Report of the Indian Hemp Drugs Commission, 1894-1895 - Volume IV
Year: 1894
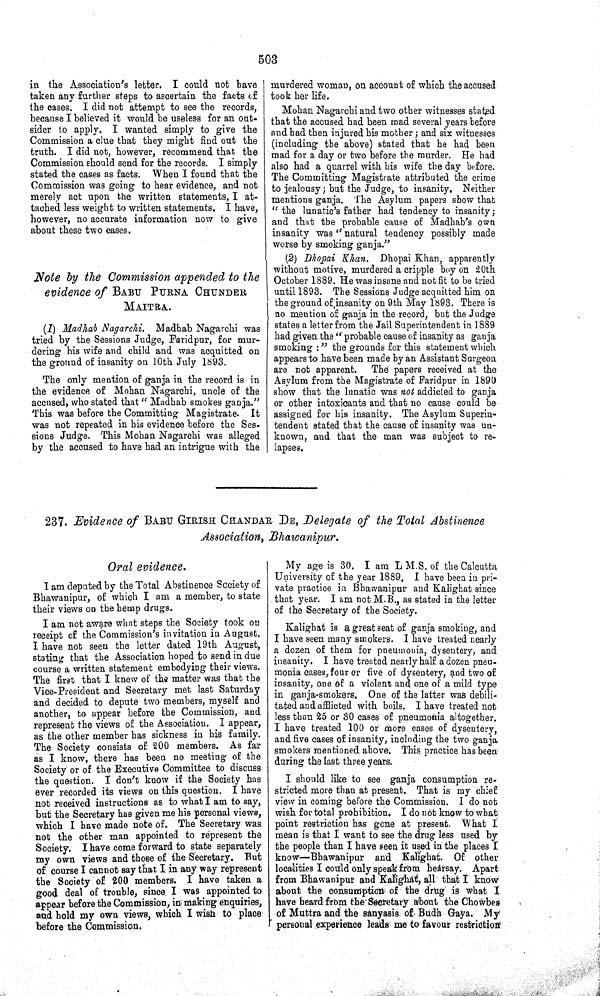
503
in the Association's letter. I could not have
taken any further steps to ascertain the facts of
the cases. I did not attempt to see the records,
because I believed it would be useless for an out-
sider to apply. I wanted simply to give the
Commission a clue that they might find out the
truth. I did not, however, recommend that the
Commission should send for the records. I simply
stated the cases as facts. When I found that the
Commission was going to hear evidence, and not
merely act upon the written statements, I at-
tached less weight to written statements. I have,
however, no accurate information now to give
about these two cases.
Note by the Commission appended to the
evidence of BABU PURNA CHUNDER
MAITRA.
(1) Madhab Nagarchi. Madhab Nagarchi was
tried by the Sessions Judge, Faridpur, for mur-
dering his wife and child and was acquitted on
the ground of insanity on 10th July 1893.
The only mention of ganja in the record is in
the evidence of Mohan Nagarchi, uncle of the
accused, who stated that " Madhab smokes ganja."
This was before the Committing Magistrate. It
was not repeated in his evidence before the Ses-
sions Judge. This Mohan Nagarchi was alleged
by the accused to have had an intrigue with the
murdered woman, on account of which the accused
took her life.
Mohan Nagarchi and two other witnesses stated
that the accused had been mad several years before
and had then injured his mother; and six witnesses
(including the above) stated that he had been
mad for a day or two before the murder. He had
also had a quarrel with his wife the day before.
The Committing Magistrate attributed the crime
to jealousy; but the Judge, to insanity. Neither
mentions ganja. The Asylum papers show that
"the lunatic's father had tendency to insanity;
and that the probable cause of Madhab's own
insanity was "natural tendency possibly made
worse by smoking ganja."
(2) Dhopai Khan. Dhopai Khan, apparently
without motive, murdered a cripple boy on 20th
October 1889. He was insane and not fit to be tried
until 1893. The Sessions Judge acquitted him on
the ground of insanity on 9th May 1893. There is
no mention of ganja in the record, but the Judge
states a letter from the Jail Superintendent in 1889
had given the "probable cause of insanity as ganja
smoking:" the grounds for this statement which
appears to have been made by an Assistant Surgeon
are not apparent.
The papers received at the
Asylum from the Magistrate of Faridpur in 1890
show that the lunatic was not addicted to ganja
or other intoxicants and that no cause could be
assigned for his insanity. The Asylum Superin-
tendent stated that the cause of insanity was un-
known, and that the man was subject to re-
lapses.
237. Evidence of BABU GIRISH CHANDAR DE, Delegate of the Total Abstinence
Association, Bhawanipur.
Oral evidence.
I am deputed by the Total Abstinence Society of
Bhawanipur, of which I am a member, to state
their views on the hemp drugs.
I am not aware what steps the Society took on
receipt of the Commission's invitation in August.
I have not seen the letter dated 19th August,
stating that the Association hoped to send in due
course a written statement embodying their views.
The first that I knew of the matter was that the
Vice-President and Secretary met last Saturday
and decided to depute two members, myself and
another, to appear before the Commission, and
represent the views of the Association. I appear,
as the other member has sickness in his family.
The Society consists of 200 members. As far
as I know, there has been no meeting of the
Society or of the Executive Committee to discuss
the question. I don't know if the Society has
ever recorded its views on this question. I have
not received instructions as to what I am to say,
but the Secretary has given me his personal views,
which I have made note of. The Secretary was
not the other man appointed to represent the
Society. I have come forward to state separately
my own views and those of the Secretary. "But
of course I cannot say that I in any way represent
the Society of 200 members. I have taken a
good deal of trouble, since. I was appointed to
appear before the Commission, in making enquiries,
and hold my own views, which I wish to place
before the Commission.
My age is 30. I am L M.S. of the Calcutta
University of the year 1889. I have been in pri-
vate practice in Bhawanipur and Kalighat since
that year. I am not M.B., as stated in the letter
of the Secretary of the Society.
Kalighat is a great seat of ganja smoking, and
I have seen many smokers. I have treated nearly
a dozen of them for pneumonia, dysentery, and
insanity. I have treated nearly half a dozen pneu-
monia cases, four or five of dysentery, and two of
insanity, one of a violent and one of a mild type
in ganja-smokers. One of the latter was debili-
tated and afflicted with boils. I have treated not
less than 25 or 30 cases of pneumonia altogether.
I have treated 100 or more cases of dysentery,
and five cases of insanity, including the two ganja
smokers mentioned above. This practice has been
during the last three years.
I should like to see ganja consumption re-
stricted more than at present. That is my chief
view in coming before the Commission. I do not
wish for total prohibition. I do not know to what
point restriction has gone at present. What I
mean is that I want to see the drug less used by
the people than I have seen it used in the places I
know—Bhawanipur and Kalighat. Of other
localities I could only speak from hearsay. Apart
from Bhawanipur and Kalighat, all that I know
about the consumption of the drug is what I
have heard from the Secretary about the Chowbes
of Muttra and the sanyasis of Budh Gaya. My
personal experience leads me to favour restriction